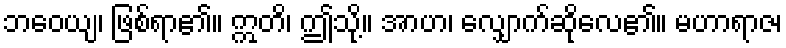
ဘဝေယျ၊ ဖြစ်ရာ၏။ ဣတိ၊ ဤသို့။ အာဟ၊ လျှောက်ဆိုလေ၏။ မဟာရာဇ၊